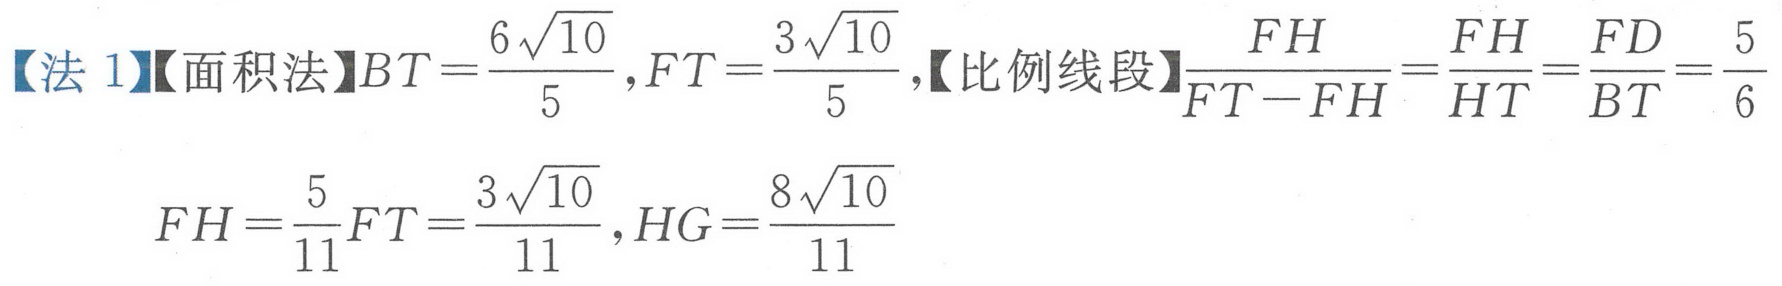
【法 1】【面积法】\(BT = \frac{6\sqrt{10}}{5},FT=\frac{3\sqrt{10}}{5}\),【比例线段】\(\frac{FH}{FT - FH}=\frac{FH}{HT}=\frac{FD}{BT}=\frac{5}{6}\)
\(FH=\frac{5}{11}FT=\frac{3\sqrt{10}}{11},HG = \frac{8\sqrt{10}}{11}\)